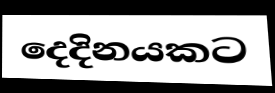
දෙදිනයකට